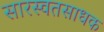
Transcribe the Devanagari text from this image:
सारस्वतसाधक